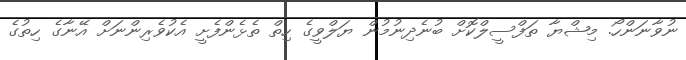
ނުވާނަންހޯ. މިޝްޔާ ތަފްސީލްކޮށް ބުނެދިނުމުން ޔަލްވީގެ ހިތް ތެޅެންފެށީ އެކުވެރިންނަށް އޭނާގެ ހިތުގެ